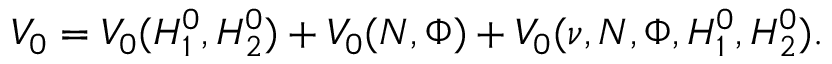
V _ { 0 } = V _ { 0 } ( H _ { 1 } ^ { 0 } , H _ { 2 } ^ { 0 } ) + V _ { 0 } ( N , \Phi ) + V _ { 0 } ( \nu , N , \Phi , H _ { 1 } ^ { 0 } , H _ { 2 } ^ { 0 } ) .